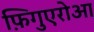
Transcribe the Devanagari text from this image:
फ़िगुएरोआ